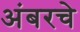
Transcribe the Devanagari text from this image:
अंबरचे